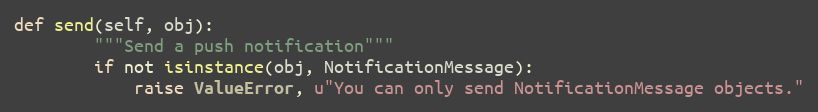
Language: Python
def send(self, obj):
		"""Send a push notification"""
		if not isinstance(obj, NotificationMessage):
			raise ValueError, u"You can only send NotificationMessage objects."